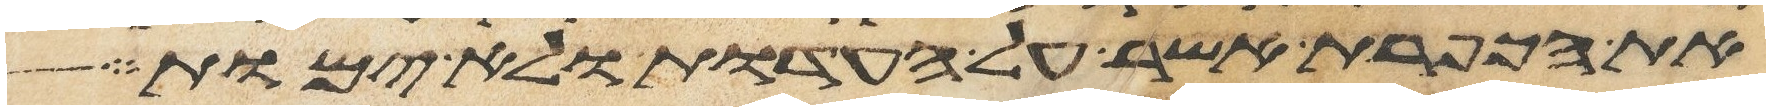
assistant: את הכפרת אשר על העדות ולא ימות